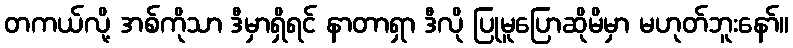
တကယ်လို့ အစ်ကိုသာ ဒီမှာရှိရင် နာတာရှာ ဒီလို ပြုမူပြောဆိုမိမှာ မဟုတ်ဘူးနော်။